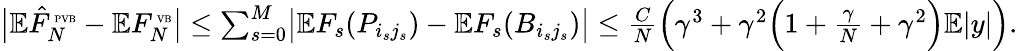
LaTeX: \begin{array}{r}{\bigl|\mathbb E\hat{F}_{N}^{\mathrm{\tiny~PVB}}-\mathbb EF_{N}^{\mathrm{\tiny~VB}}\bigr|\leq\sum_{s=0}^{M}\bigl|\mathbb EF_{s}(P_{i_{s}j_{s}})-\mathbb EF_{s}(B_{i_{s}j_{s}})\bigr|\leq\frac{C}{N}\Bigl(\gamma^{3}+\gamma^{2}\Bigl(1+\frac{\gamma}{N}+\gamma^{2}\Bigr)\mathbb E|y|\Bigr).}\end{array}